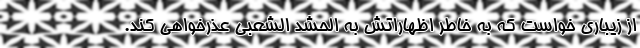
از زیباری خواست که به خاطر اظهاراتش به الحشد الشعبی عذرخواهی کند.